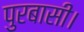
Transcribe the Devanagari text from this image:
पुरबासी।